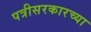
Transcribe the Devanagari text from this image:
पत्रीसरकारच्या